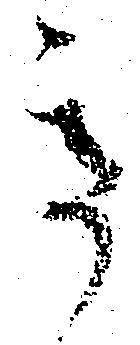
き